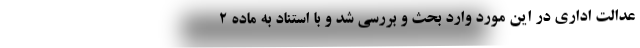
عدالت اداری در این مورد وارد بحث و بررسی شد و با استناد به ماده ۲